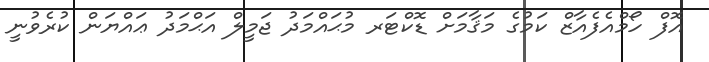
އޮފް ހޯމްއެފެއާޒް ކަމުގެ މަޤާމަށް ޑޮކްޓަރ މުޙައްމަދު ޖަމީލް އަޙްމަދު ޢައްޔަން ކުރެވުނީ